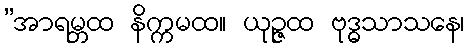
”အာရမ္ဘထ နိက္ကမထ။ ယုဉ္ဇထ ဗုဒ္ဓသာသနေ၊